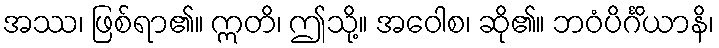
အဿ၊ ဖြစ်ရာ၏။ ဣတိ၊ ဤသို့။ အဝေါစ၊ ဆို၏။ ဘဝံပိင်္ဂိယာနိ၊